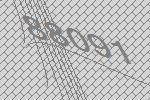
88091